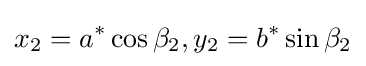
x_{2}=a^{*}\cos \beta _{2},y_{2}=b^{*}\sin \beta _{2}